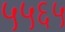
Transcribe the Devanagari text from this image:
५५६५